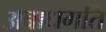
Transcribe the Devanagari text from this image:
अबाधगति